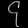
Digit: ၄